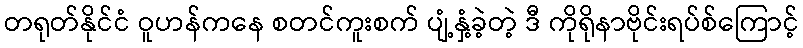
တရုတ်နိုင်ငံ ဝူဟန်ကနေ စတင်ကူးစက် ပျံ့နှံ့ခဲ့တဲ့ ဒီ ကိုရိုနာဗိုင်းရပ်စ်ကြောင့်